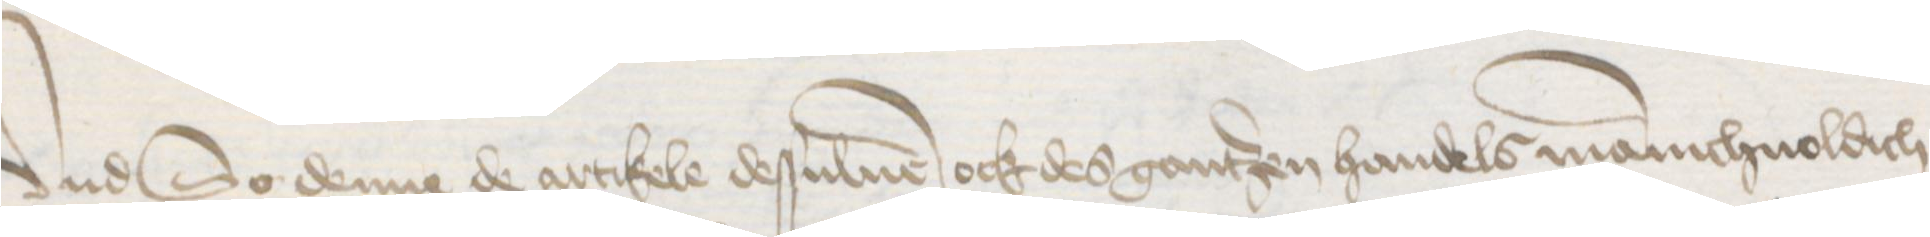
Vnd So denne de artikele desuluen ock des gantzen handels manichuoldich